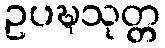
ဥပဍ္ဎသုတ္တ